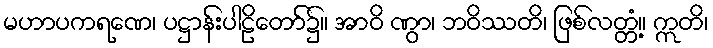
မဟာပကရဏေ၊ ပဋ္ဌာန်းပါဠိတော်၌။ အာဝိ ဏွာ၊ ဘဝိဿတိ၊ ဖြစ်လတ္တံ့။ ဣတိ၊